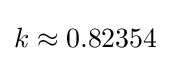
k\approx 0.82354